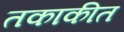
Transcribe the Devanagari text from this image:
तकाकीत